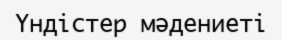
Үндістер мәдениеті